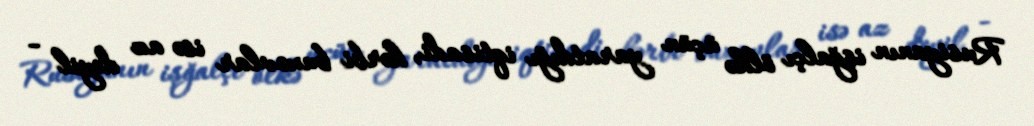
Rusiyanın işğalçı ölkə üçün yaratdığı iqtisadi, hərbi buxovlar isə az deyil -